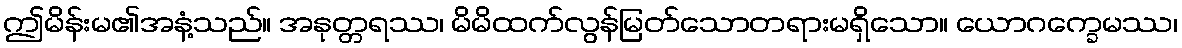
ဤမိန်းမ၏အနံ့သည်။ အနုတ္တရဿ၊ မိမိထက်လွန်မြတ်သောတရားမရှိသော။ ယောဂက္ခေမဿ၊